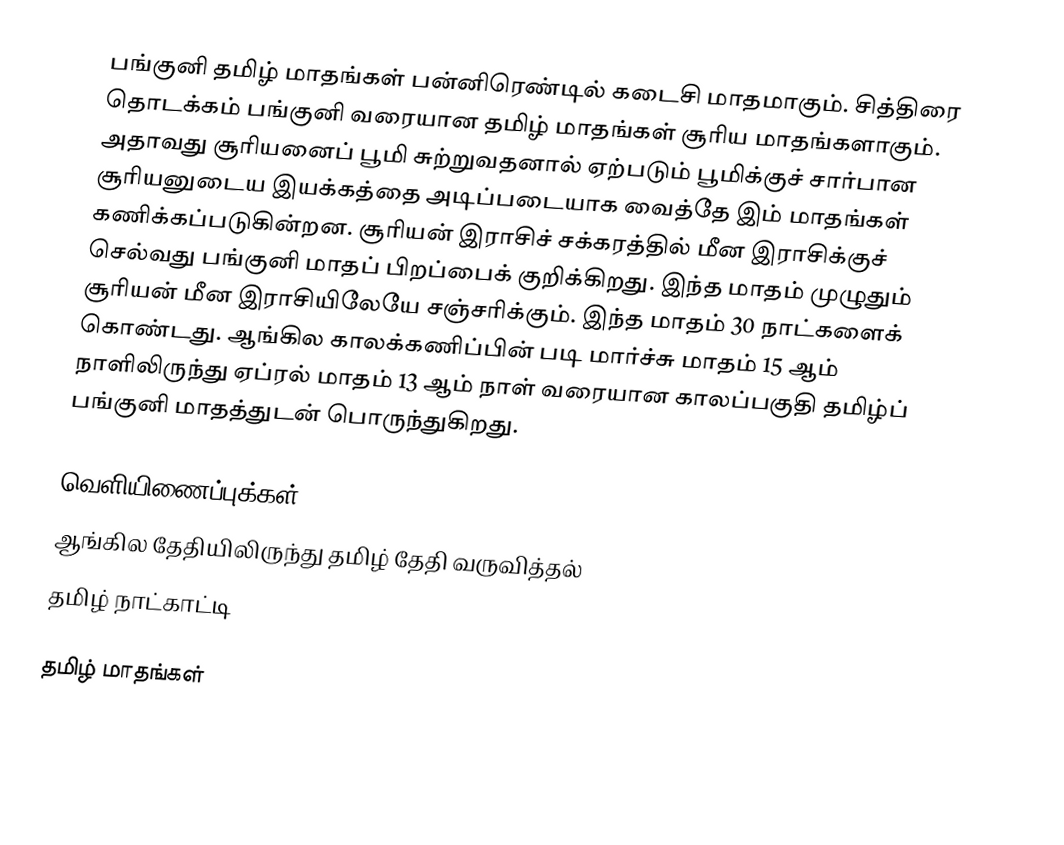
பங்குனி தமிழ் மாதங்கள் பன்னிரெண்டில் கடைசி மாதமாகும். சித்திரை தொடக்கம் பங்குனி வரையான தமிழ் மாதங்கள் சூரிய மாதங்களாகும். அதாவது சூரியனைப் பூமி சுற்றுவதனால் ஏற்படும் பூமிக்குச் சார்பான சூரியனுடைய இயக்கத்தை அடிப்படையாக வைத்தே இம் மாதங்கள் கணிக்கப்படுகின்றன. சூரியன் இராசிச் சக்கரத்தில் மீன இராசிக்குச் செல்வது பங்குனி மாதப் பிறப்பைக் குறிக்கிறது. இந்த மாதம் முழுதும் சூரியன் மீன இராசியிலேயே சஞ்சரிக்கும். இந்த மாதம் 30 நாட்களைக் கொண்டது. ஆங்கில காலக்கணிப்பின் படி மார்ச்சு மாதம் 15 ஆம் நாளிலிருந்து ஏப்ரல் மாதம் 13 ஆம் நாள் வரையான காலப்பகுதி தமிழ்ப் பங்குனி மாதத்துடன் பொருந்துகிறது.

வெளியிணைப்புக்கள்
ஆங்கில தேதியிலிருந்து தமிழ் தேதி வருவித்தல்
தமிழ் நாட்காட்டி

தமிழ் மாதங்கள்